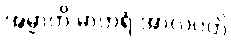
အမ္မာတိ မာတရံ အာလပတိ